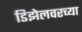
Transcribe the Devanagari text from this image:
डिझेलवरच्या